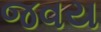
જવય